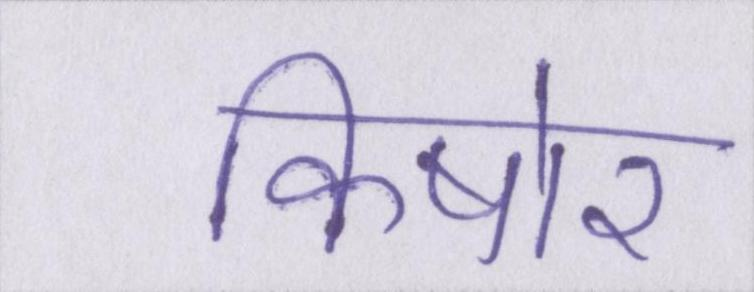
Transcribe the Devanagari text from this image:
किषोर